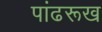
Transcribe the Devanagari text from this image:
पांढरूख